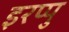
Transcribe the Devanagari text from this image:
इरप्पु